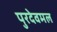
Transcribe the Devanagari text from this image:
पुरदेवमल